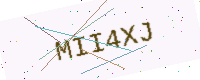
Text: MII4XJ